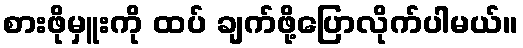
စားဖိုမှူးကို ထပ် ချက်ဖို့ပြောလိုက်ပါမယ်။